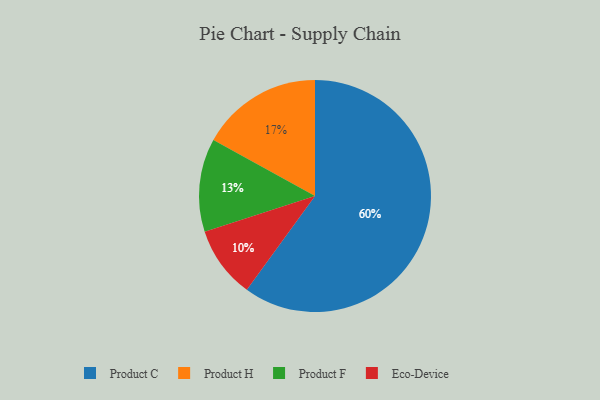
{"axis": {"x": "Category", "y": "Percentage"}, "legend": ["Eco-Device", "Product C", "Product F", "Product H"], "data": [{"x": "Product C", "y": 60, "type": "Product C"}, {"x": "Product F", "y": 13, "type": "Product F"}, {"x": "Product H", "y": 17, "type": "Product H"}, {"x": "Eco-Device", "y": 10, "type": "Eco-Device"}]}